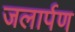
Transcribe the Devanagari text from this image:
जलार्पण